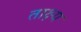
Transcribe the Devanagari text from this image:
ताक्ष्य